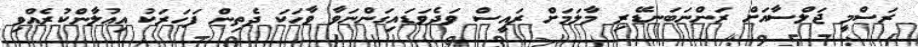
ރަސްމީ ޖަލްސާއަށް ރަންނަބަނޑޭރި މާލަމަށް ރައީސް ވަދެވަޑައިގަންނަވާ ވާހަކަ ދެތިން ފަހަރަކު އިޢުލާންކުރެއްވި